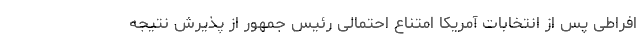
افراطی پس از انتخابات آمریکا امتناع احتمالی رئیس جمهور از پذیرش نتیجه